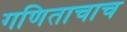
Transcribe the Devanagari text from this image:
गणिताचाच